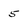
Character: 5